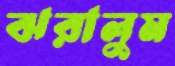
ঝরালুম